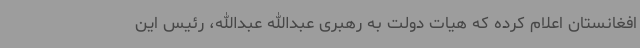
افغانستان اعلام کرده که هیات دولت به رهبری عبدالله عبدالله، رئیس این